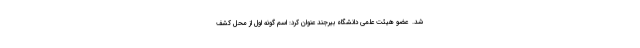
شد.  عضو هیئت علمی دانشگاه بیرجند عنوان کرد: اسم گونه اول از محل کشف